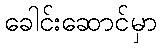
ခေါင်းဆောင်မှာ